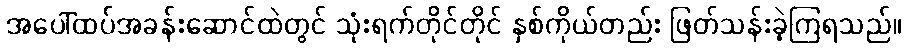
အပေါ်ထပ်အခန်းဆောင်ထဲတွင် သုံးရက်တိုင်တိုင် နှစ်ကိုယ်တည်း ဖြတ်သန်းခဲ့ကြရသည်။